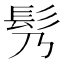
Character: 䯮